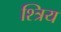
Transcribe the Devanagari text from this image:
श्त्रिय